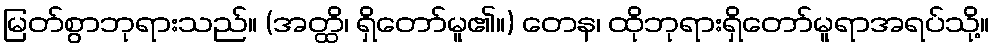
မြတ်စွာဘုရားသည်။ (အတ္ထိ၊ ရှိတော်မူ၏။) တေန၊ ထိုဘုရားရှိတော်မူရာအရပ်သို့။